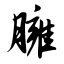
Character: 臃